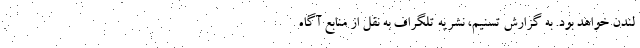
لندن خواهد بود. به گزارش تسنیم، نشریه تلگراف به نقل از منابع آگاه